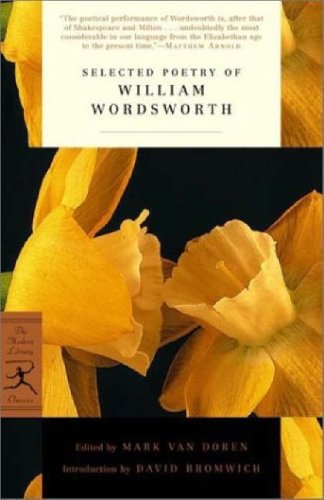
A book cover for Selected Poetry of William Wordsworth (Modern Library Classics); William Wordsworth; Christian Books & Bibles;